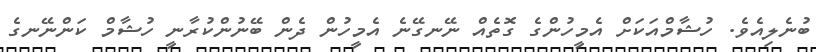
ބުނެލިއެވެ. ހުޝާމްއަކަށް އެމީހުންގެ ގޮތެއް ނޭނގޭނެ އެމީހުން ދެން ބޭނުންކުރާނީ ހުޝާމް ކަންނޭނގެ